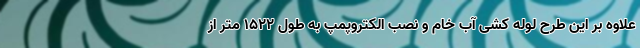
علاوه بر این طرح لوله کشی آب خام و نصب الکتروپمپ به طول 1522 متر از